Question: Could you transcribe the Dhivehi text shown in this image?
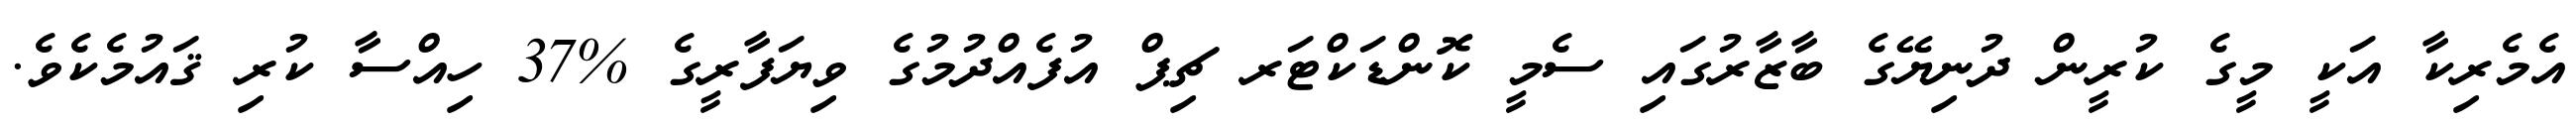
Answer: އެމެރިކާ އަކީ މީގެ ކުރީން ދުނިޔޭގެ ބާޒާރުގައި ސެމީ ކޮންޑަކްޓަރ ޗިޕް އުފެއްދުމުގެ ވިޔަފާރީގެ %37 ހިއްސާ ކުރި ޤައުމެކެވެ.